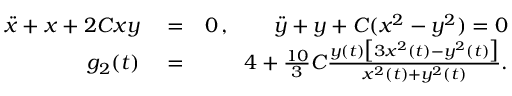
\begin{array} { r l r } { \ddot { x } + x + 2 C x y } & { { } = } & { 0 \, , \qquad \ddot { y } + y + C ( x ^ { 2 } - y ^ { 2 } ) = 0 } \\ { g _ { 2 } ( t ) } & { { } = } & { 4 + \frac { 1 0 } { 3 } C \frac { y ( t ) \big [ 3 x ^ { 2 } ( t ) - y ^ { 2 } ( t ) \big ] } { x ^ { 2 } ( t ) + y ^ { 2 } ( t ) } . } \end{array}